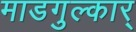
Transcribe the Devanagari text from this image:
माडगुल्कार्